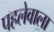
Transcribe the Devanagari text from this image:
पहलेवाला